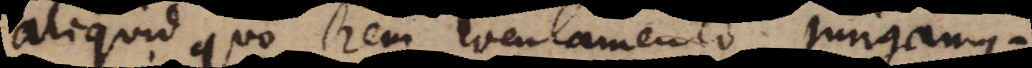
aliquid quo rem loculamento jungamu